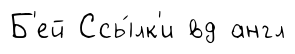
Б'ей Ссы́лк'и вд англ